Source: Handwritten
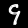
Digit: ၄ (4)